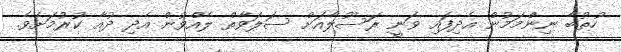
ހުތުބާ ނިންމަމުން އެދިފައި ވަނީ ރަސޫލާއަށް ސަލަވާތް ލެއްވުން އެދި ދުއާ ކުރުމަށެވެ.